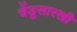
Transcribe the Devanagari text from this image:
चेंडूसारखी